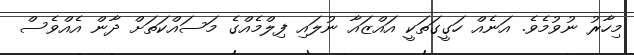
މިހާރު ނުވުމެވެ. އަނެއް ހަގީގަތަކީ އައްޒައާ ނުލައި ފިލްމެއްގެ މަސައްކަތަށް ދާން އެއްވެސް